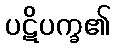
ပဋိပက္ခ၏